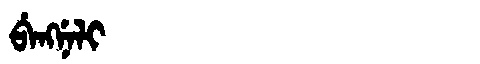
Manchu: ᠪᡝᠩᠨᡝᠯᡳ
Romanization: BENGNELI